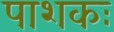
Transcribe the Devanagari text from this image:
पाशकः